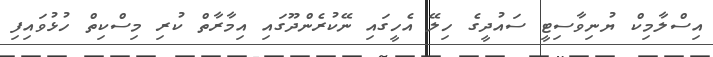
އިސްލާމިކް ޔުނިވާސިޓީ ސައުދީގެ ހިލޭ އެހީގައި ނޭކުރެންދޫގައި އިމާރާތް ކުރި މިސްކިތް ހުޅުވައިފި